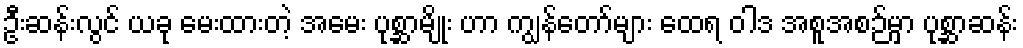
ဦးဆန်းလွင် ယခု မေးထားတဲ့ အမေး ပုစ္ဆာမျိုး ဟာ ကျွန်တော်များ ထေရ ဝါဒ အစူအစဉ်မှာ ပုစ္ဆာဆန်း